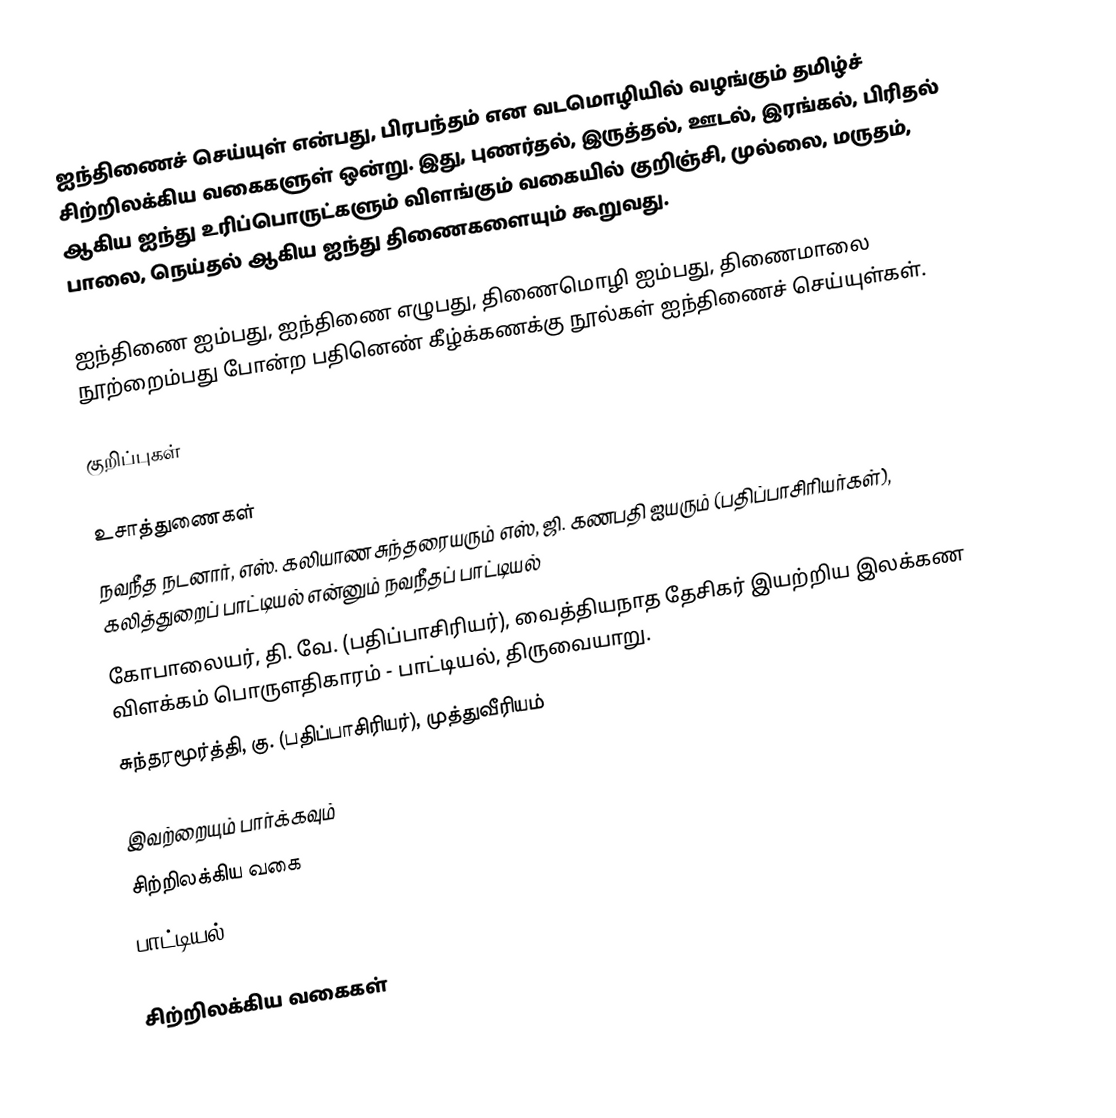
ஐந்திணைச் செய்யுள் என்பது, பிரபந்தம் என வடமொழியில் வழங்கும் தமிழ்ச் சிற்றிலக்கிய வகைகளுள் ஒன்று. இது, புணர்தல், இருத்தல், ஊடல், இரங்கல், பிரிதல் ஆகிய ஐந்து உரிப்பொருட்களும் விளங்கும் வகையில் குறிஞ்சி, முல்லை, மருதம், பாலை, நெய்தல் ஆகிய ஐந்து திணைகளையும் கூறுவது.

ஐந்திணை ஐம்பது, ஐந்திணை எழுபது, திணைமொழி ஐம்பது, திணைமாலை நூற்றைம்பது போன்ற பதினெண் கீழ்க்கணக்கு நூல்கள் ஐந்திணைச் செய்யுள்கள்.

குறிப்புகள்

உசாத்துணைகள்
 நவநீத நடனார், எஸ். கலியாண சுந்தரையரும் எஸ், ஜி. கணபதி ஐயரும் (பதிப்பாசிரியர்கள்), கலித்துறைப் பாட்டியல் என்னும் நவநீதப் பாட்டியல்
 கோபாலையர், தி. வே. (பதிப்பாசிரியர்), வைத்தியநாத தேசிகர் இயற்றிய இலக்கண விளக்கம் பொருளதிகாரம் - பாட்டியல், திருவையாறு.
 சுந்தரமூர்த்தி, கு. (பதிப்பாசிரியர்), முத்துவீரியம்

இவற்றையும் பார்க்கவும்
 சிற்றிலக்கிய வகை
 பாட்டியல்

சிற்றிலக்கிய வகைகள்